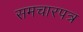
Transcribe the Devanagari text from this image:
समचारपत्र